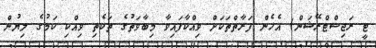
ޓީ ރަޖިސްޓްރޭޝަން) އެހެން ފަރާތްތަކަށް ވިއްކާފައިވާ މިބާވަތުގެ ތަކެތި ވިއްކި ކަމުގެ ލިޔުން